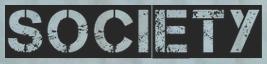
SOCIETY